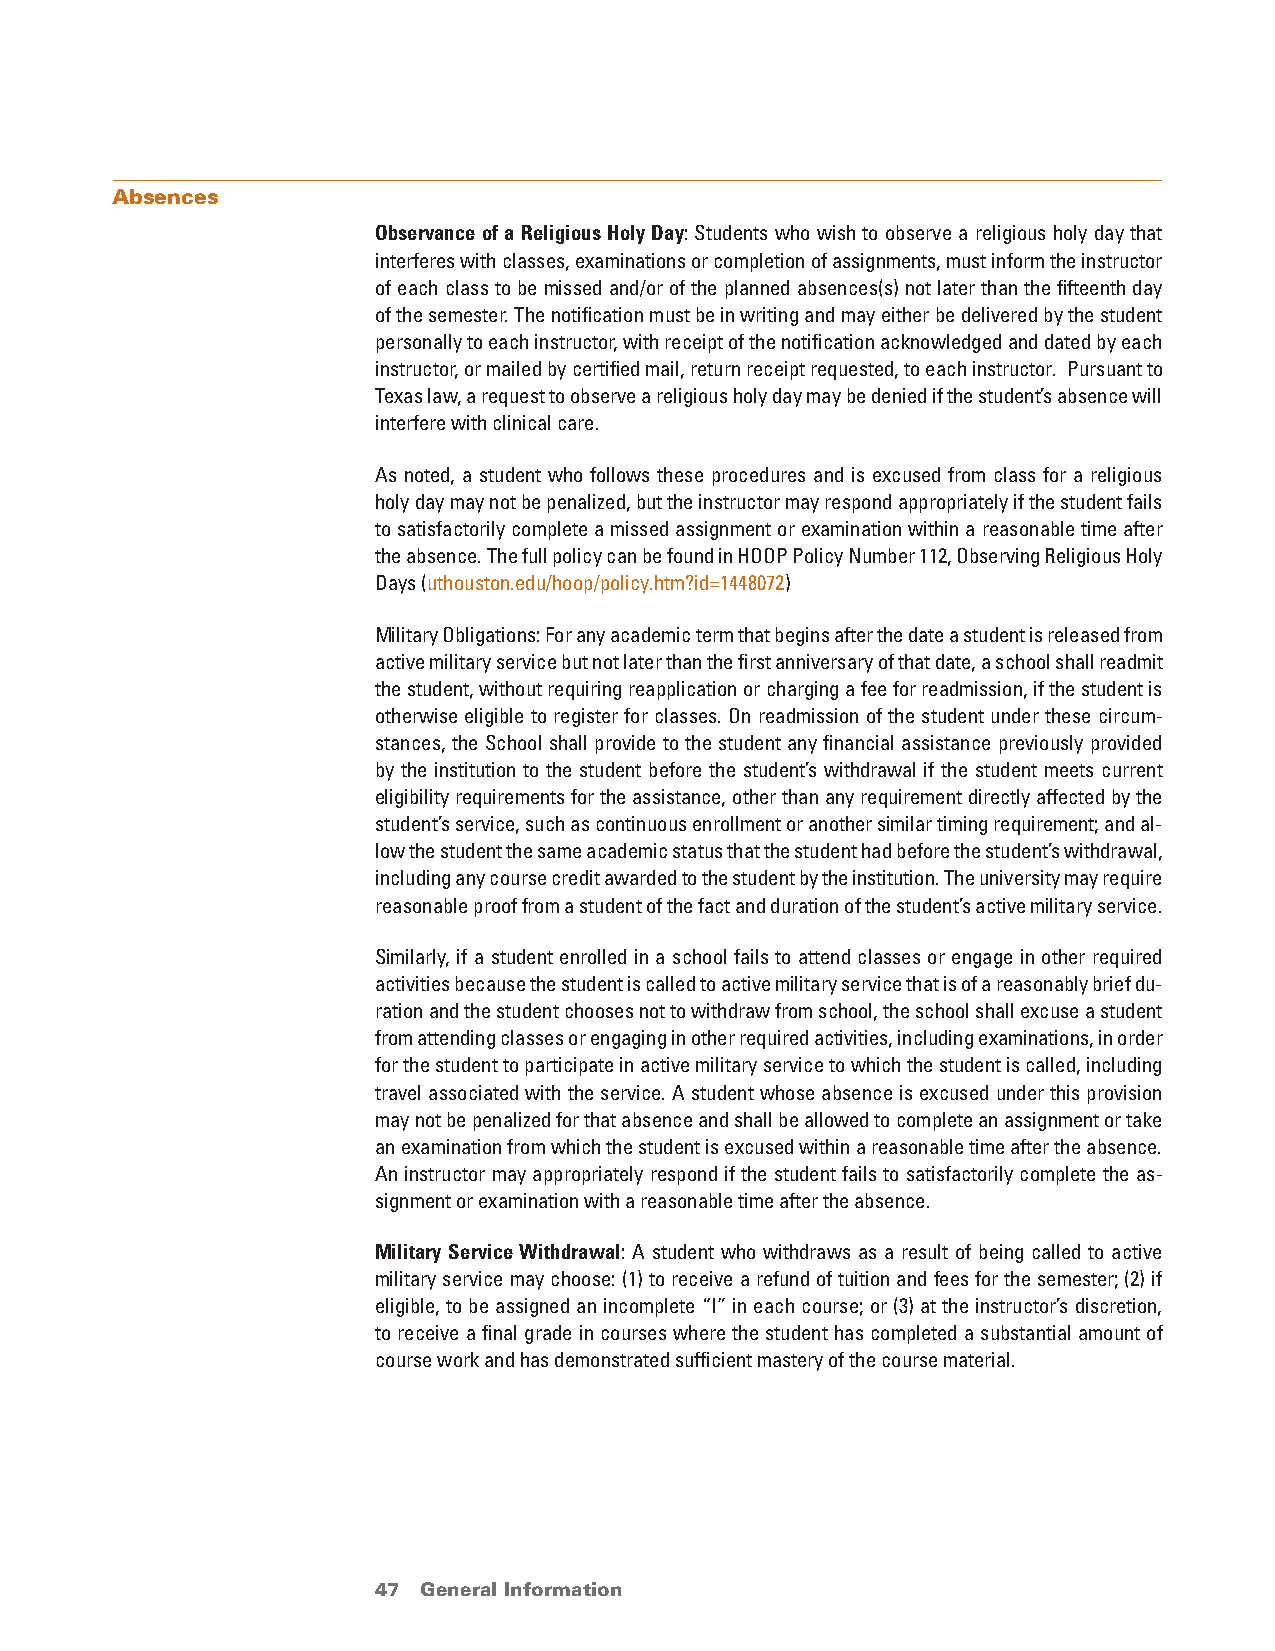
Absences
 observance of a religious Holy Day: Students who wish to observe a religious holy day that
 interferes with classes, examinations or completion of assignments, must inform the instructor
 of each class to be missed and/or of the planned absences(s) not later than the fifteenth day
 of the semester. The notification must be in writing and may either be delivered by the student
 personally to each instructor, with receipt of the notification acknowledged and dated by each
 instructor, or mailed by certified mail, return receipt requested, to each instructor. Pursuant to
 Texas law, a request to observe a religious holy day may be denied if the student’s absence will
 interfere with clinical care.
 As noted, a student who follows these procedures and is excused from class for a religious
 holy day may not be penalized, but the instructor may respond appropriately if the student fails
 to satisfactorily complete a missed assignment or examination within a reasonable time after
 the absence. The full policy can be found in HOOP Policy Number 112, Observing Religious Holy
 Days (uthouston.edu/hoop/policy.htm?id=1448072)
 Military Obligations: For any academic term that begins after the date a student is released from
 active military service but not later than the first anniversary of that date, a school shall readmit
 the student, without requiring reapplication or charging a fee for readmission, if the student is
 otherwise eligible to register for classes. On readmission of the student under these circum-
 stances, the School shall provide to the student any financial assistance previously provided
 by the institution to the student before the student’s withdrawal if the student meets current
 eligibility requirements for the assistance, other than any requirement directly affected by the
 student’s service, such as continuous enrollment or another similar timing requirement; and al-
 low the student the same academic status that the student had before the student’s withdrawal,
 including any course credit awarded to the student by the institution. The university may require
 reasonable proof from a student of the fact and duration of the student’s active military service.
 Similarly, if a student enrolled in a school fails to attend classes or engage in other required
 activities because the student is called to active military service that is of a reasonably brief du-
 ration and the student chooses not to withdraw from school, the school shall excuse a student
 from attending classes or engaging in other required activities, including examinations, in order
 for the student to participate in active military service to which the student is called, including
 travel associated with the service. A student whose absence is excused under this provision
 may not be penalized for that absence and shall be allowed to complete an assignment or take
 an examination from which the student is excused within a reasonable time after the absence.
 An instructor may appropriately respond if the student fails to satisfactorily complete the as-
 signment or examination with a reasonable time after the absence.
 military Service Withdrawal: A student who withdraws as a result of being called to active
 military service may choose: (1) to receive a refund of tuition and fees for the semester; (2) if
 eligible, to be assigned an incomplete “I” in each course; or (3) at the instructor’s discretion,
 to receive a final grade in courses where the student has completed a substantial amount of
 course work and has demonstrated sufficient mastery of the course material.
 47 General Information                 return to Table of Contents